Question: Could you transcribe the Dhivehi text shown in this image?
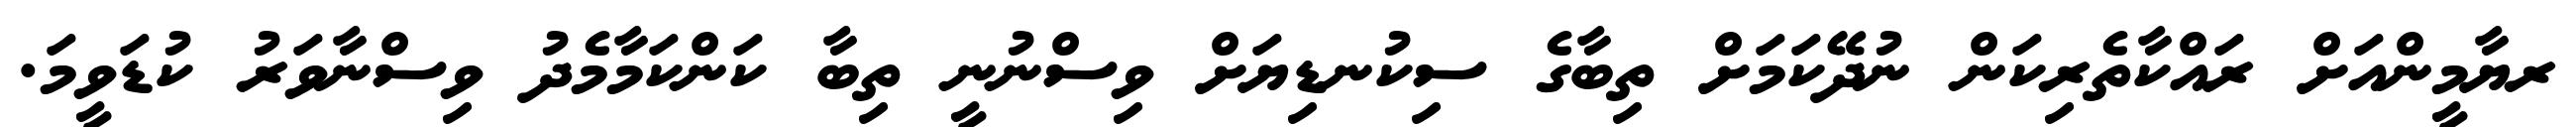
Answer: ރޔާމީންއަށް ރައްކާތެރިކަން ނުދޭކަމަށް ތިބާގެ ސިކުނޑިޔަށް ވިސްނުނީ ތިބާ ކަންކަމާމެދު ވިސްނާވަރު ކުޑަވީމަ.